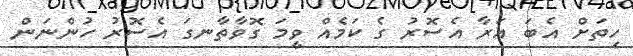
ހިތަށް އެބަ އަރާ އެސޮރު ގެ ކަމެއް ވީމަ ގޮވާތާނގަ އެސޮރު ހުންނަން